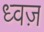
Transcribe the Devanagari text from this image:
ध्वज़